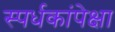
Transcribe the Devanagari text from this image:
स्पर्धकांपेक्षा